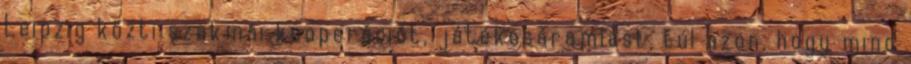
Leipzig közti szakmai kooperációt, játékosáramlást, túl azon, hogy mind